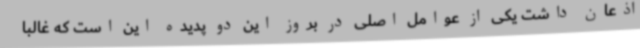
اذعان داشت یکی از عوامل اصلی در بروز این دو پدیده این است که غالباً